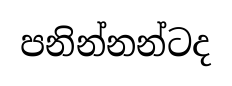
පනින්නන්ටද